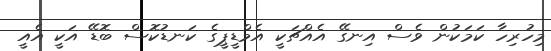
މިހުރިހާ ކަމަކުން ވެސް އިނގޭ އެއްޗަކީ އެމްޑީޕީގެ ކަނޑުކޮސް ބޮޑޭ އަކީ އެއީ